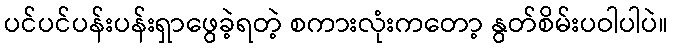
ပင်ပင်ပန်းပန်းရှာဖွေခဲ့ရတဲ့ စကားလုံးကတော့ နွတ်စိမ်းပဝါပါပဲ။